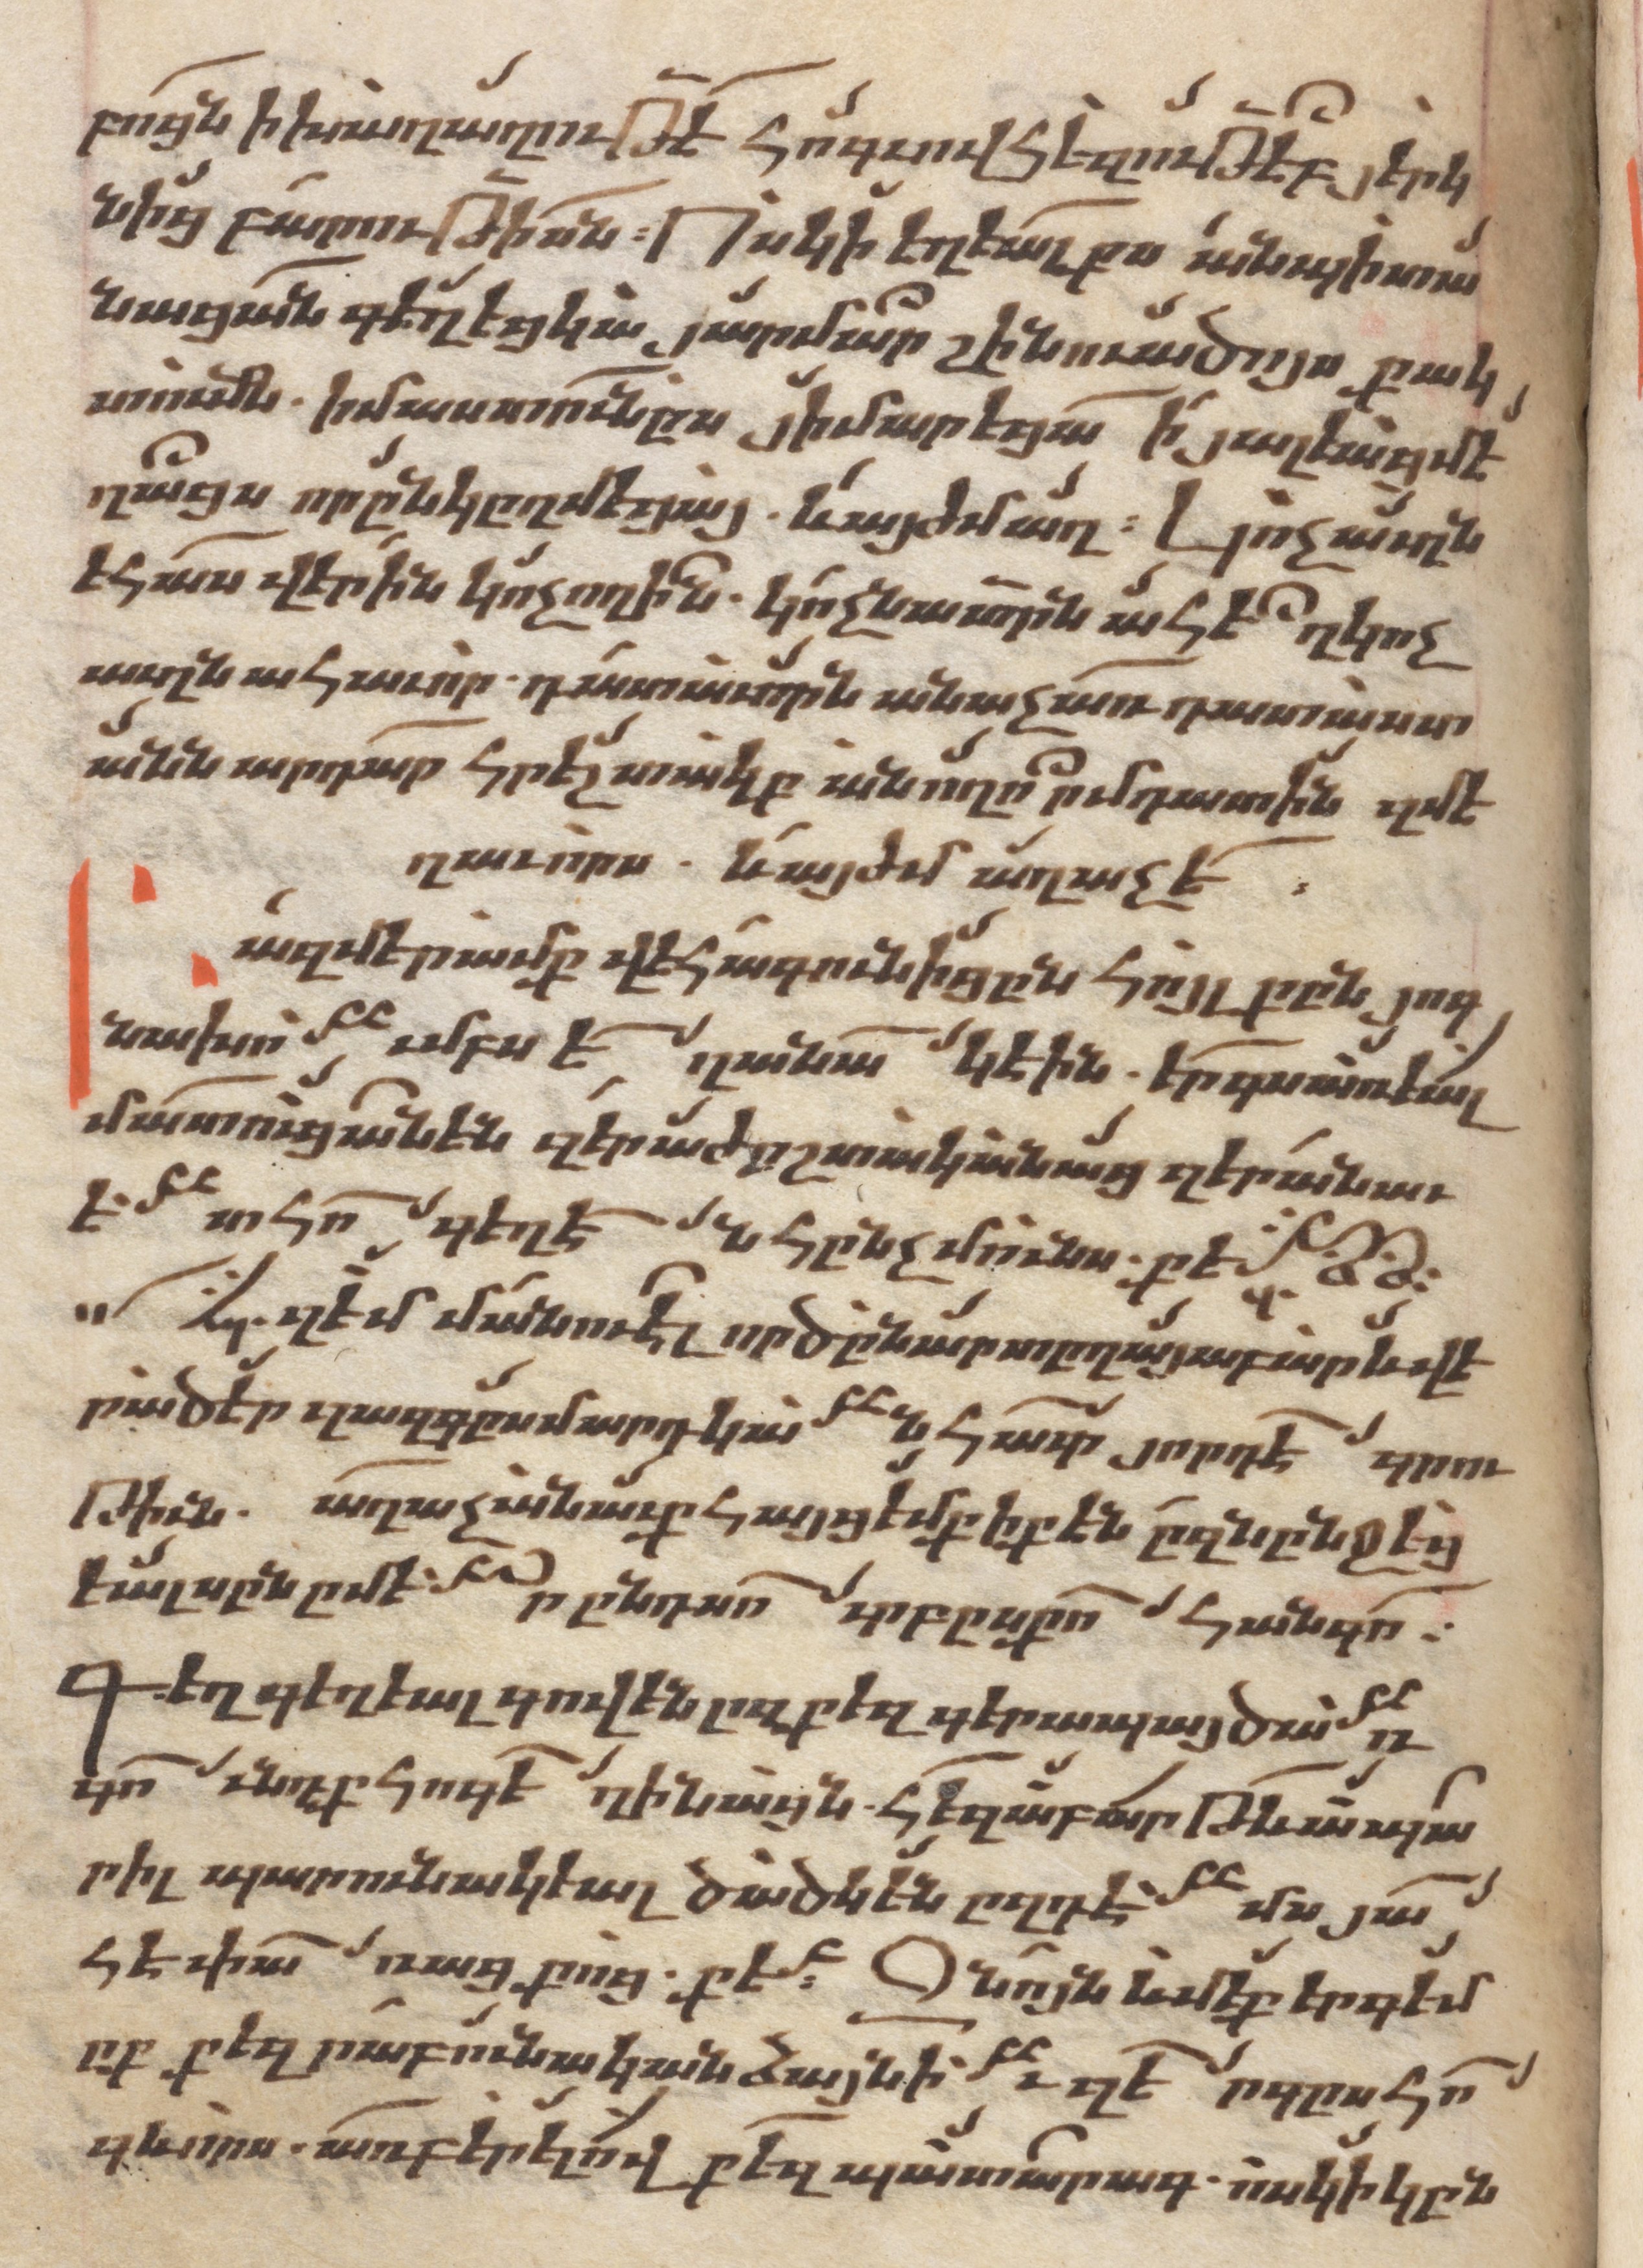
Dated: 1662–1662